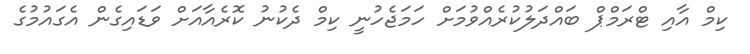
ކިމް އާއި ޓްރަމްޕް ބައްދަލުކުރެއްވުމަށް ހަމަޖެހުނީ ކިމް ދެކުނު ކޮރެއާއަށް ވަޑައިގެން އެގައުމުގެ